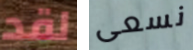
لقد نسعى